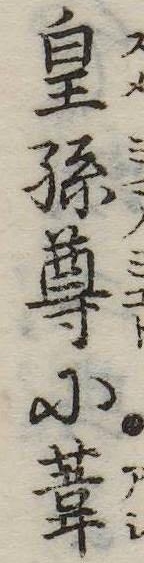
皇孫尊に葦